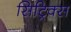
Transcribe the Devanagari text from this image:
सिट्रिक्स